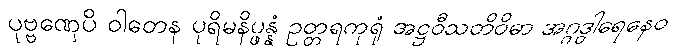
ပုဗ္ဗဏှေပိ ဝါတေန ပုရိမနိပ္ဖန္နံ ဥတ္တရကုရုံ အဋ္ဌဝီသတိဝိဓာ အဂ္ဂဒွါရေနေဝ